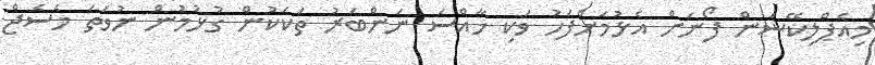
މިއެޕްލިކޭޝަން ފޯނަށް އެޅުމަށްފަހު ވަކި ޚާއްސަ ނަންބަރު ތަކަކުން ގުޅުމުން ނުވަތަ މެސެޖް